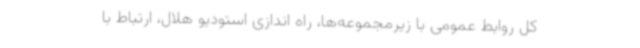
کل روابط عمومی با زیرمجموعه‌ها، راه اندازی استودیو هلال، ارتباط با